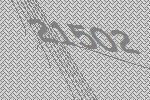
21502